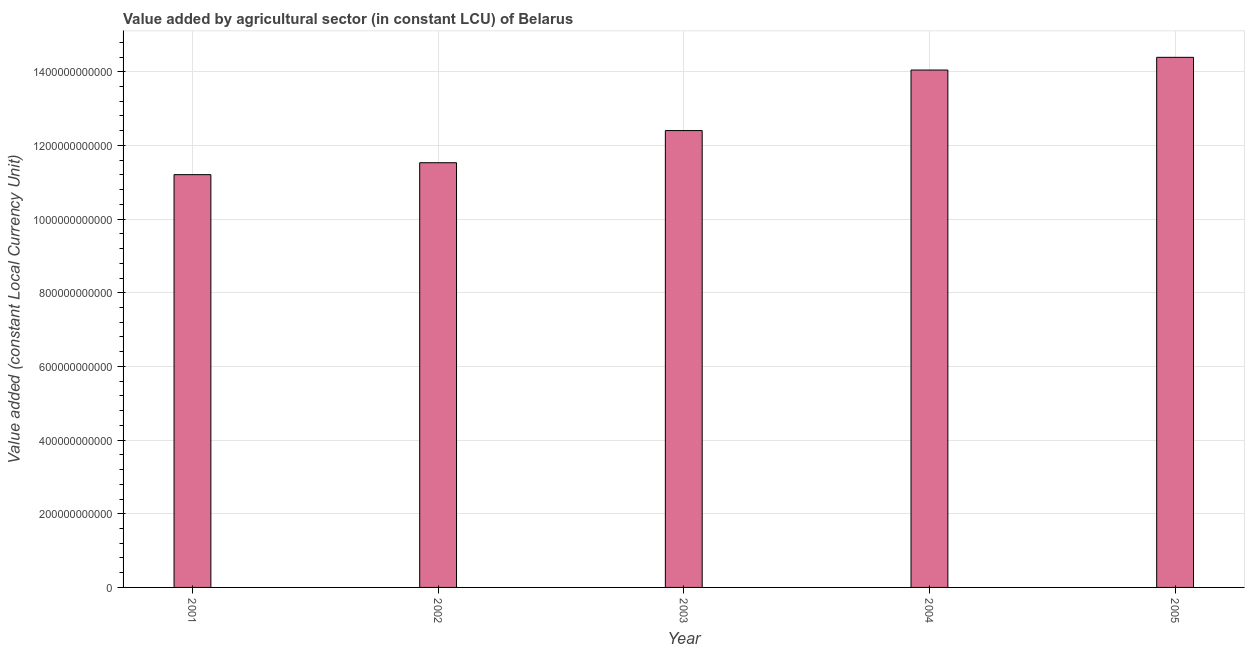
| Year | Agriculture |
 | --- | --- |
 | 2001 | 1.12e+12 |
 | 2002 | 1.15e+12 |
 | 2003 | 1.24e+12 |
 | 2004 | 1.4e+12 |
 | 2005 | 1.44e+12 |